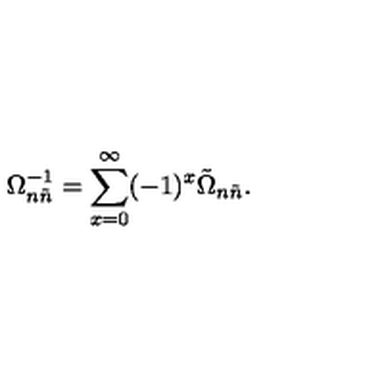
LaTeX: \Omega _ { n \tilde { n } } ^ { - 1 } = \sum _ { x = 0 } ^ { \infty } ( - 1 ) ^ { x } \tilde { \Omega } _ { n \tilde { n } } .